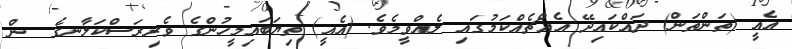
އެއީ (ތަންތަން) ދައްކައިދޭ އެއްޗެއްކަމުގައި ލެއްވީމެވެ. (އެއީ) ތިޔަބައިމީހުންގެ ވެރިރަސްކަލާނގެ  ން